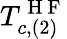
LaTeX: T_{c,(2)}^{\mathrm{~H~F~}}